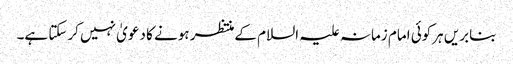
بنابریں ہرکوئی امام زمانہ علیہ السلام کےمنتظر ہونے کا دعویٰ نہیں کرسکتا ہے۔